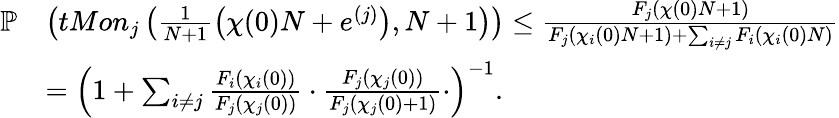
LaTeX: \begin{array}{rl}{\mathbb{P}}&{\left(tMon_{j}\left(\frac{1}{N+1}\left(\chi(0)N+e^{(j)}\right),N+1\right)\right)\le\frac{F_{j}(\chi(0)N+1)}{F_{j}(\chi_{i}(0)N+1)+\sum_{i\ne j}F_{i}(\chi_{i}(0)N)}}\\ &{=\left(1+\sum_{i\ne j}\frac{F_{i}(\chi_{i}(0))}{F_{j}(\chi_{j}(0))}\cdot\frac{F_{j}(\chi_{j}(0))}{F_{j}(\chi_{j}(0)+1)}\cdot\right)^{-1}.}\end{array}